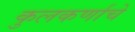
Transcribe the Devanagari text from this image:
कुलकर्णाचे